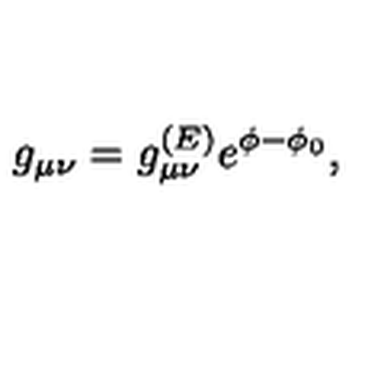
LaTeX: g _ { \mu \nu } = g _ { \mu \nu } ^ { ( E ) } e ^ { \phi - \phi _ { 0 } } ,